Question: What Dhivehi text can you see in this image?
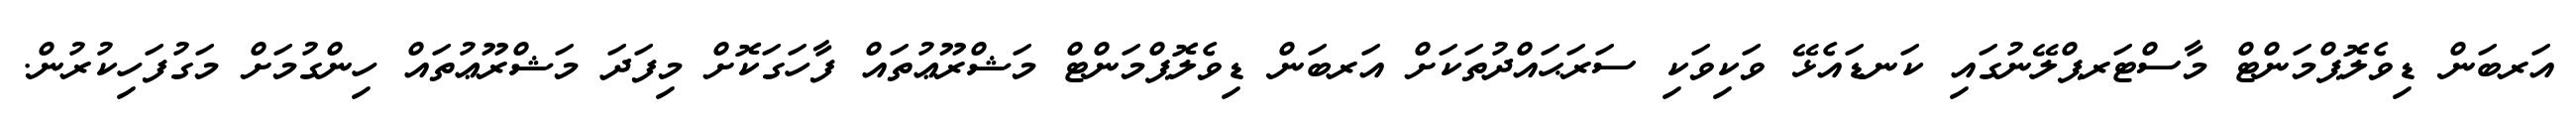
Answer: އަރބަން ޑިވެލޮޕްމަންޓް މާސްޓަރޕްލޭނުގައި ކަނޑައެޅޭ ވަކިވަކި ސަރަޙައްދުތަކަށް އަރބަން ޑިވެލޮޕްމަންޓް މަޝްރޫޢުތައް ފާހަގަކޮށް މިފަދަ މަޝްރޫޢުތައް ހިންގުމަށް މަގުފަހިކުރުން.